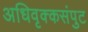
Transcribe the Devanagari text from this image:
अधिवृक्कसंपुट